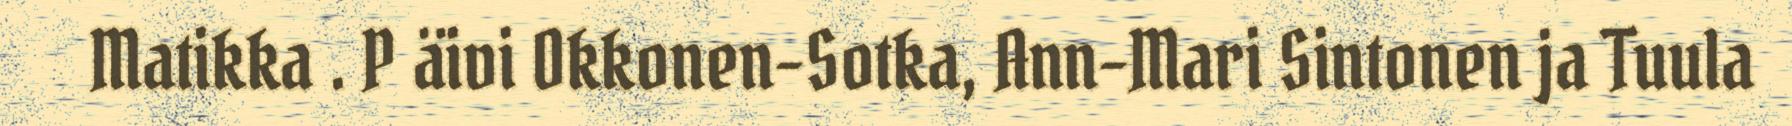
Matikka . P äivi Okkonen-Sotka, Ann-Mari Sintonen ja Tuula